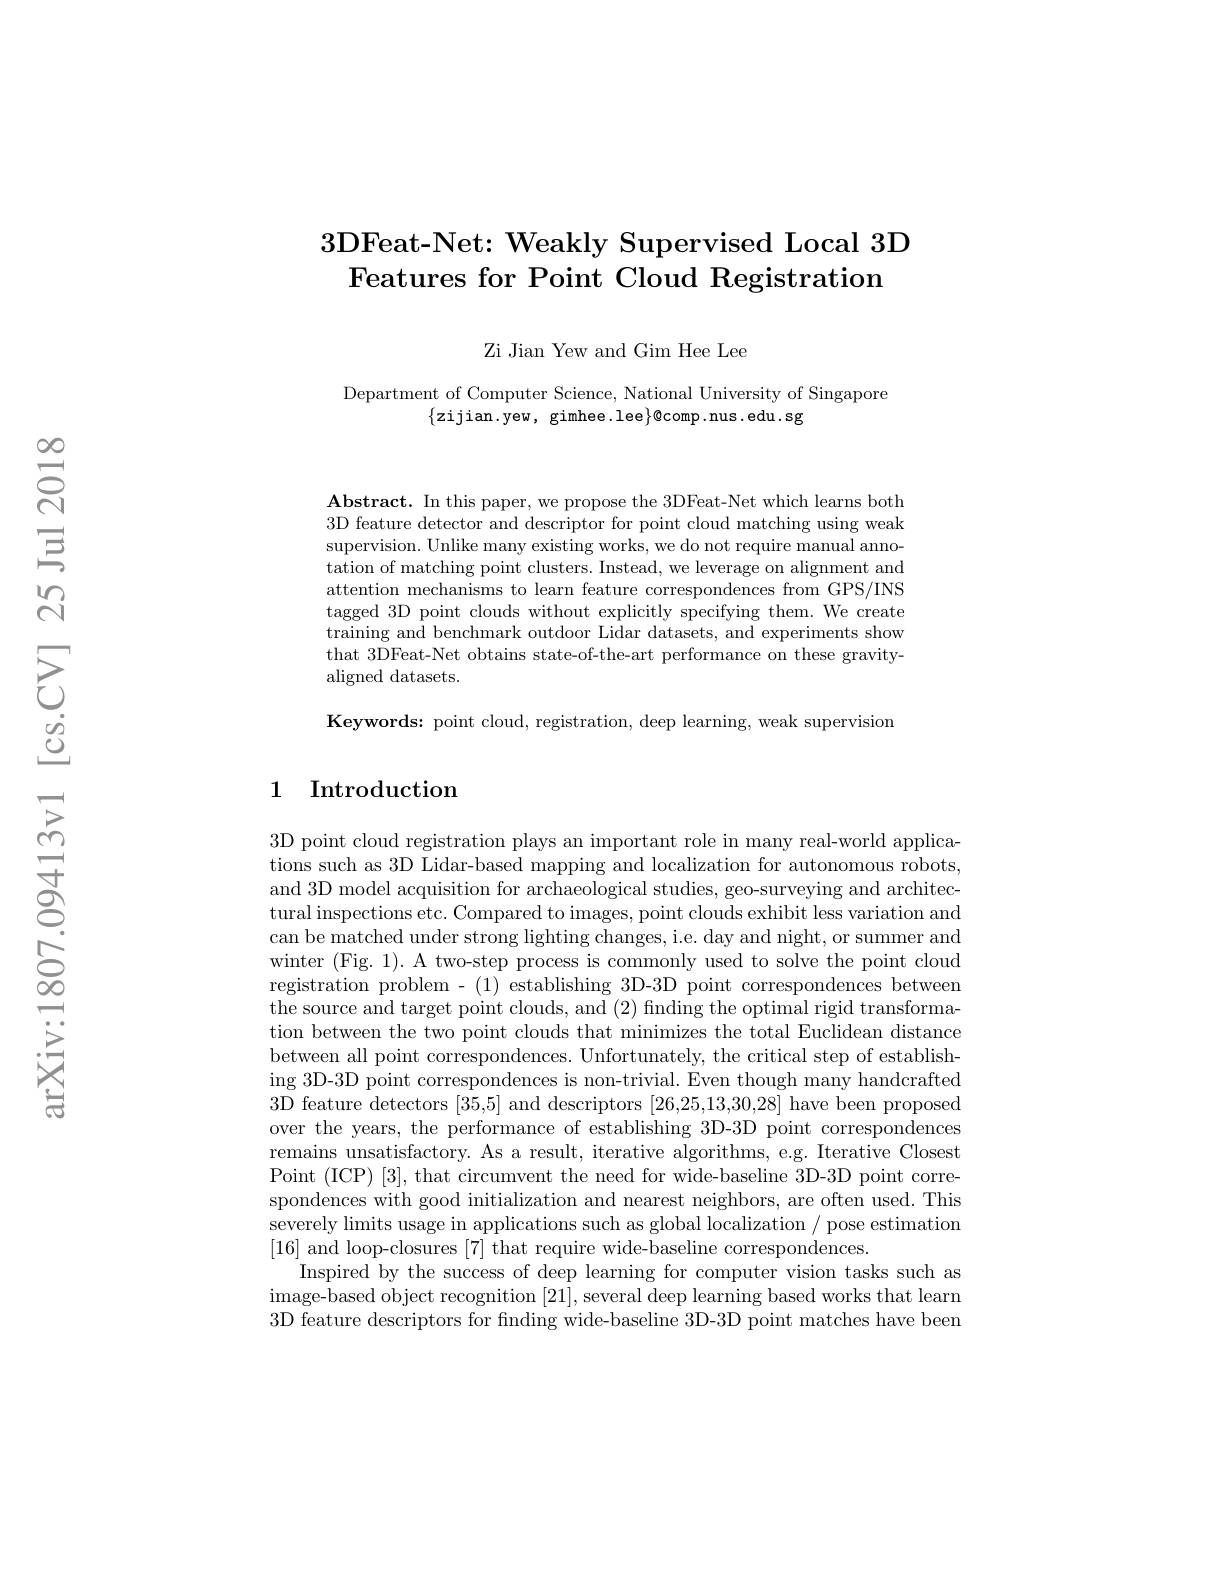
## 3DFeat-Net: Weakly Supervised Local 3D Features for Point Cloud Registration

Zi Jian Yew and Gim Hee Lee

Department of Computer Science, National University of Singapore
$\{$zijian.yew, gimhee.lee$\}\emptyset$comp.nus.edu.sg

$\mathbf{Abstract.~In~this~paper,~we~propose~the~3DFeat-Net~which~learns~both}$ 3D feature detector and descriptor for point cloud matching using weak supervision. Unlike many existing works, we do not require manual annotation of matching point clusters. Instead, we leverage on alignment and attention mechanisms to learn feature correspondences from GPS/INS tagged 3D point clouds without explicitly specifying them. We create training and benchmark outdoor Lidar datasets, and experiments show that 3DFeat-Net obtains state-of-the-art performance on these gravityaligned datasets.

Keywords: point cloud, registration, deep learning, weak supervision

## 1 Introduction

3D point cloud registration plays an important role in many real-world applications such as 3D Lidar-based mapping and localization for autonomous robots, and 3D model acquisition for archaeological studies, geo-surveying and architectural inspections etc. Compared to images, point clouds exhibit less variation and can be matched under strong lighting changes, i.e. day and night, or summer and winter (Fig. 1). A two-step process is commonly used to solve the point cloud registration problem - (1) establishing 3D-3D point correspondences between the source and target point clouds, and (2) finding the optimal rigid transformation between the two point clouds that minimizes the total Euclidean distance between all point correspondences. Unfortunately, the critical step of establishing 3D-3D point correspondences is non-trivial. Even though many handcrafted 3D feature detectors [35,5] and descriptors [26,25,13,30,28] have been proposed over the years, the performance of establishing 3D-3D point correspondences remains unsatisfactory. As a result, iterative algorithms, e.g. Iterative Closest Point (ICP) [3], that circumvent the need for wide-baseline 3D-3D point correspondences with good initialization and nearest neighbors, are often used. This severely limits usage in applications such as global localization / pose estimation [16] and loop-closures [7] that require wide-baseline correspondences.
Inspired by the success of deep learning for computer vision tasks such as image-based object recognition [21],several deep learning based works that learn 3D feature descriptors for finding wide-baseline 3D-3D point matches have been